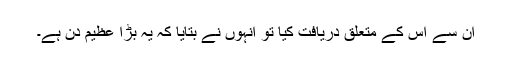
ان سے اس کے متعلق دریافت کیا تو انہوں نے بتایا کہ یہ بڑا عظیم دن ہے۔